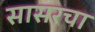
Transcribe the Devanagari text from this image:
सासरचा